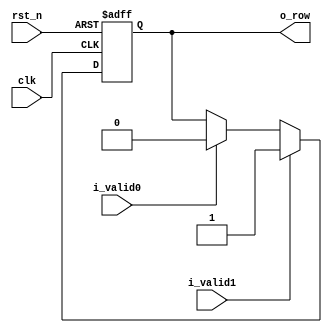
//company       : xm tech
//project name  : H265
//top module    : dct_top_2d.v
//data          : 2018.02.07
//delay         : 0 clk 
//describe      :
//modification  :
//v1.0          :
module row_ctl(
	clk	 ,
	rst_n	 ,
	i_valid0 ,//org valid
	i_valid1 ,//transform out valid 
	o_row	 //1:2d_dct 0 : 1d_dct
);

input    clk	 ; 
input    rst_n	 ; 
input    i_valid0; 
input    i_valid1; 
output    o_row	 ;
reg      o_row	 ;

always @(posedge clk or negedge rst_n)
begin
	if(!rst_n)
		o_row <= 1'b0;
	else if(i_valid1)
		o_row <= 1'b1;
	else if(i_valid0)
		o_row <= 1'b0;
end 

endmodule